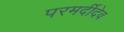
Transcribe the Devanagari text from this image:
परमर्दीदेव